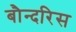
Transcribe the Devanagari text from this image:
बौन्दरिस